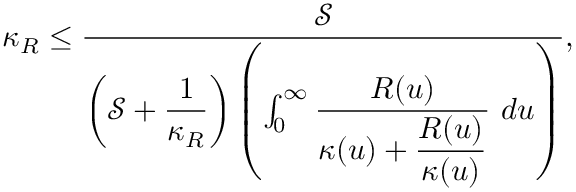
\kappa _ { R } \leq \frac { \mathscr { S } } { \left( \mathscr { S } + \displaystyle \frac { 1 } { \kappa _ { R } } \right) \left( \int _ { 0 } ^ { \infty } \displaystyle \frac { R ( u ) } { \kappa ( u ) + \displaystyle \frac { R ( u ) } { \kappa ( u ) } } ~ d u \right) } ,